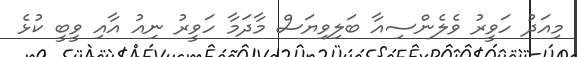
މިއަދު ހަވީރު ވެލެންސިއާ ބަލިވިޔަސް މާދަމާ ހަވީރު ނިއު އާއި ވީބީ ކުޅެ